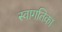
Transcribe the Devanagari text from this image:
स्वागतिका